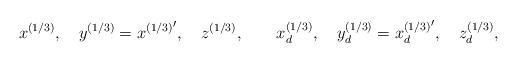
LaTeX: \begin{align*}x^{(1/3)},\quad y^{(1/3)}={x^{(1/3)}}^\prime,\quad z^{(1/3)},\qquad x_d^{(1/3)},\quad y_d^{(1/3)}={x_d^{(1/3)}}^\prime,\quad z_d^{(1/3)},\end{align*}